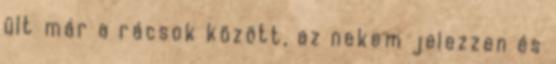
ült már a rácsok között, az nekem jelezzen és